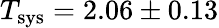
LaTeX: T_{\mathrm{sys}}=2.06\pm 0.13